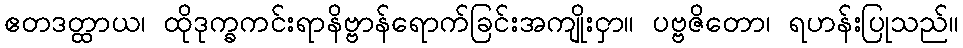
ဧတဒတ္ထာယ၊ ထိုဒုက္ခကင်းရာနိဗ္ဗာန်ရောက်ခြင်းအကျိုးငှာ။ ပဗ္ဗဇိတော၊ ရဟန်းပြုသည်။